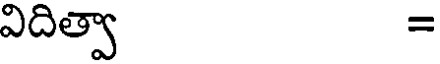
విదిత్వా =